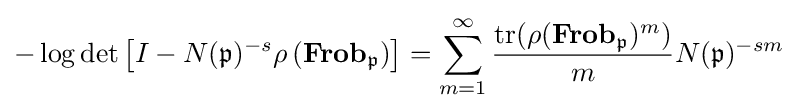
-\log \det \left[I-N({\mathfrak {p}})^{-s}\rho \left(\mathbf {Frob} _{\mathfrak {p}}\right)\right]=\sum _{m=1}^{\infty }{\frac {{\text{tr}}(\rho (\mathbf {Frob} _{\mathfrak {p}})^{m})}{m}}N({\mathfrak {p}})^{-sm}